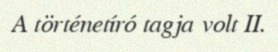
A történetíró tagja volt II.